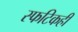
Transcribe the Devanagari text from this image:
स्फटिकही